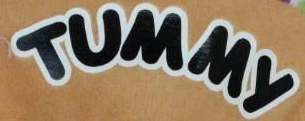
TUMMy